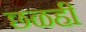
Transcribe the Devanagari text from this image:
छळही